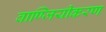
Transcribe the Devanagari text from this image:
वाण्जियीकरण